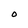
Character: O